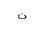
Letter: _non